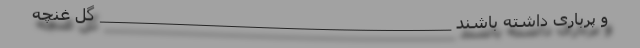
و پُرباری داشته باشند _______________________________________ گل غنچه